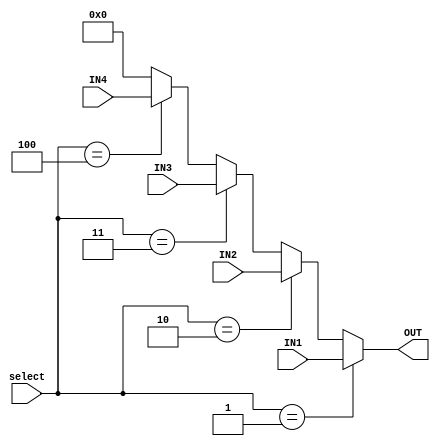
`timescale 1ns / 1ps
//////////////////////////////////////////////////////////////////////////////////
// Company: 
// 
// Design Name: 
// Module Name:    Multiplexer5 
// Project Name: 
// Target Devices: 
// Tool versions: 
// Description: 
//
// Dependencies: 
//
// Revision: 
// Revision 0.01 - File Created
// Additional Comments: 
//
//////////////////////////////////////////////////////////////////////////////////
module Multiplexer4(//MUX4 #(32)
	input [2:0] select,
	input [31:0] IN1,
	input [31:0] IN2,
	input [31:0] IN3,
	input [31:0] IN4,

	output [31:0] OUT
    );

	assign OUT =(select==3'b001)?IN1:
					(select==3'b010)?IN2:
					(select==3'b011)?IN3:
					(select==3'b100)?IN4:32'b0;

endmodule